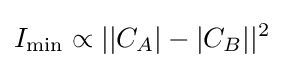
I_{\min }\propto ||C_{A}|-|C_{B}||^{2}